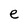
Character: e